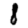
Digit: 8